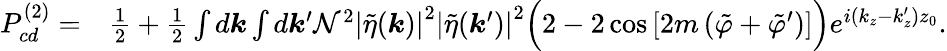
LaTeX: \begin{array}{rl}{P_{cd}^{(2)}=}&{{}\frac{1}{2}+\frac{1}{2}\int d\boldsymbol{k}\int d\boldsymbol{k}^{\prime}\mathcal{N}^{2}\left|\tilde{\eta}(\boldsymbol{k})\right|^{2}\left|\tilde{\eta}(\boldsymbol{k}^{\prime})\right|^{2}\Big(2-2\cos{\left[2m\left(\tilde{\varphi}+\tilde{\varphi}^{\prime}\right)\right]}\Big)e^{i(k_{z}-k_{z}^{\prime})z_{0}}.}\end{array}